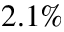
2 . 1 \%